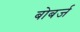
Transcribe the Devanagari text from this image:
बोबर्ज